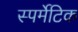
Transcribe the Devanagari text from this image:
स्पर्मेटिक